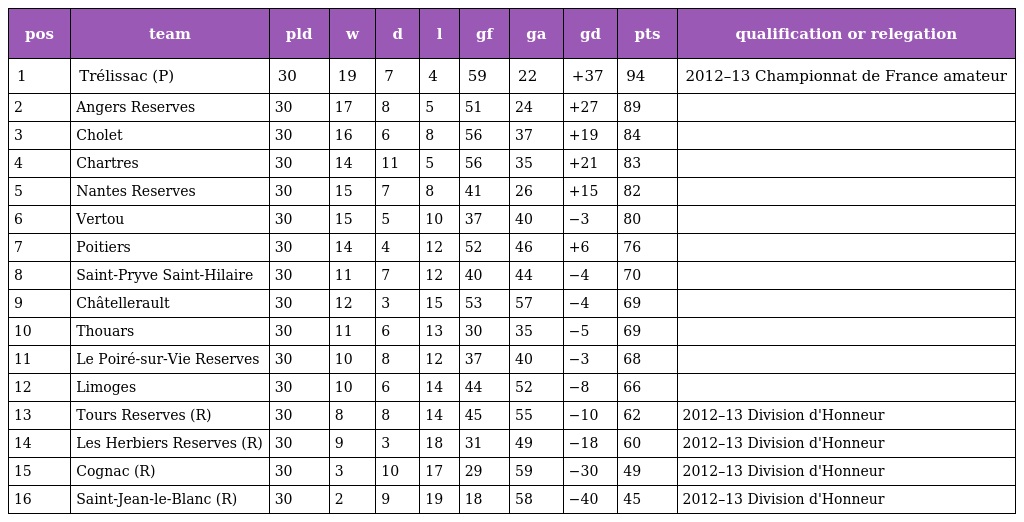
| pos | team | pld | w | d | l | gf | ga | gd | pts | qualification or relegation |
 | --- | --- | --- | --- | --- | --- | --- | --- | --- | --- | --- |
 | 1 | Trélissac (P) | 30 | 19 | 7 | 4 | 59 | 22 | +37 | 94 | 2012–13 Championnat de France amateur |
 | 2 | Angers Reserves | 30 | 17 | 8 | 5 | 51 | 24 | +27 | 89 |  |
 | 3 | Cholet | 30 | 16 | 6 | 8 | 56 | 37 | +19 | 84 |  |
 | 4 | Chartres | 30 | 14 | 11 | 5 | 56 | 35 | +21 | 83 |  |
 | 5 | Nantes Reserves | 30 | 15 | 7 | 8 | 41 | 26 | +15 | 82 |  |
 | 6 | Vertou | 30 | 15 | 5 | 10 | 37 | 40 | −3 | 80 |  |
 | 7 | Poitiers | 30 | 14 | 4 | 12 | 52 | 46 | +6 | 76 |  |
 | 8 | Saint-Pryve Saint-Hilaire | 30 | 11 | 7 | 12 | 40 | 44 | −4 | 70 |  |
 | 9 | Châtellerault | 30 | 12 | 3 | 15 | 53 | 57 | −4 | 69 |  |
 | 10 | Thouars | 30 | 11 | 6 | 13 | 30 | 35 | −5 | 69 |  |
 | 11 | Le Poiré-sur-Vie Reserves | 30 | 10 | 8 | 12 | 37 | 40 | −3 | 68 |  |
 | 12 | Limoges | 30 | 10 | 6 | 14 | 44 | 52 | −8 | 66 |  |
 | 13 | Tours Reserves (R) | 30 | 8 | 8 | 14 | 45 | 55 | −10 | 62 | 2012–13 Division d'Honneur |
 | 14 | Les Herbiers Reserves (R) | 30 | 9 | 3 | 18 | 31 | 49 | −18 | 60 | 2012–13 Division d'Honneur |
 | 15 | Cognac (R) | 30 | 3 | 10 | 17 | 29 | 59 | −30 | 49 | 2012–13 Division d'Honneur |
 | 16 | Saint-Jean-le-Blanc (R) | 30 | 2 | 9 | 19 | 18 | 58 | −40 | 45 | 2012–13 Division d'Honneur |